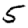
Digit: 5